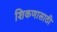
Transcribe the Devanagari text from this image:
शिकणासाठी